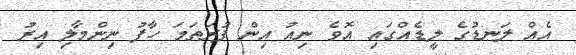
އެއް ލަނޑުގެ ލީޑެއްގައި އޮވެ ނިއު އިން ފުރަތަމަ ހާފު ނިންމާލި އިރު